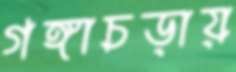
গঙ্গাচড়ায়